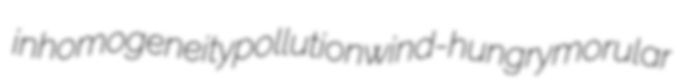
inhomogeneity pollution wind-hungry morular